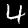
Label: 4